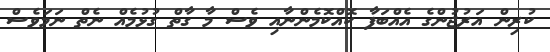
ކުރިން އަރުޖުންގެ އެއްބަފާ ކޮއްކޮމެންނާއި ވެސް މާ ގާތް ގުޅުމެއް ނެތް ނަމަވެސް